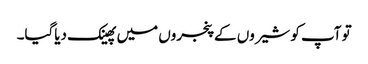
تو آپ کو شیروں کے پنجروں میں پھینک دیاگیا۔